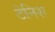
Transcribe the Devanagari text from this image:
टेनिश